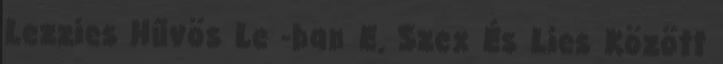
Lezzies Hűvös Le -ban E. Szex És Lies Között